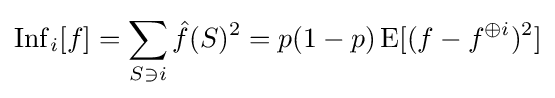
\operatorname {Inf} _{i}[f]=\sum _{S\ni i}{\hat {f}}(S)^{2}=p(1-p)\operatorname {E} [(f-f^{\oplus i})^{2}]